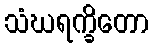
သံဃရက္ခိတော